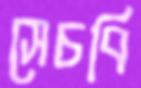
সেচবি